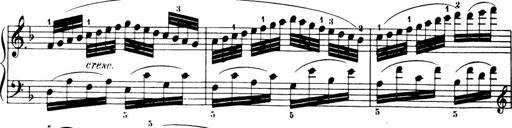
Title: 32 Sonatinas and Rondos for the Piano
Composer: Richard Kleinmichel